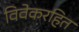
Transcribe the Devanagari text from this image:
विवेकरहित